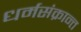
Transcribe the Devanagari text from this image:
धर्मसंक्रान्त